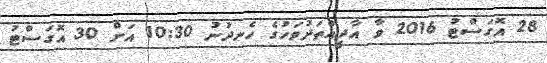
28 އޮގަސްޓު 2016 ވާ އާދީއްތަދުވަހުގެ ހެނދުނު 10:30 އަށް 30 އޮގަސްޓު